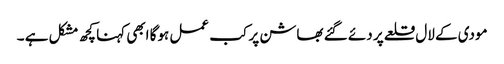
مودی کے لال قلعے پر دئے گئے بھاشن پر کب عمل ہوگا ابھی کہنا کچھ مشکل ہے ۔